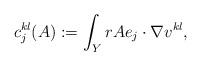
LaTeX: \begin{align*}c_j^{kl}(A):= \int_{Y} rAe_j\cdot \nabla v^{kl},\end{align*}